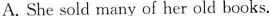
A. She sold many of her old books.